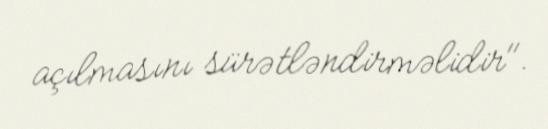
açılmasını sürətləndirməlidir".